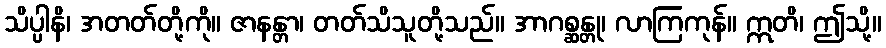
သိပ္ပါနိ၊ အတတ်တို့ကို။ ဇာနန္တာ၊ တတ်သိသူတို့သည်။ အာဂစ္ဆန္တု၊ လာကြကုန်။ ဣတိ၊ ဤသို့။